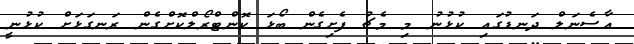
އާސެނަލް ދަނޑުގައި ކުޅުނު މި މެޗު ފެށިގެން ބޯޅަ ކޮންޓްރޯލްކޮށްގެން ރަނގަޅަށް ކުޅުނީ